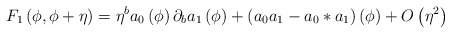
\begin{align*}F_1 \left( \phi, \phi + \eta \right) = \eta^b a_0 \left( \phi \right) \partial_b a_1 \left( \phi \right) + \left( a_0 a_1 - a_0 \ast a_1 \right) \left( \phi \right) + O \left( \eta^2 \right)\end{align*}